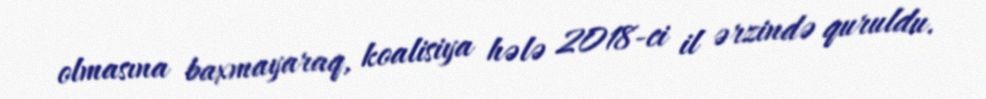
olmasına baxmayaraq, koalisiya hələ 2018-ci il ərzində quruldu.